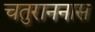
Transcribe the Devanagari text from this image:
चतुराननास